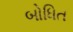
બોધિત